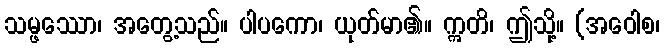
သမ္ဖဿော၊ အတွေ့သည်။ ပါပကော၊ ယုတ်မာ၏။ ဣတိ၊ ဤသို့။ (အဝေါစ၊